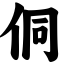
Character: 侗